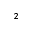
^ { 2 }